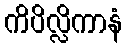
ကိပိလ္လိကာနံ